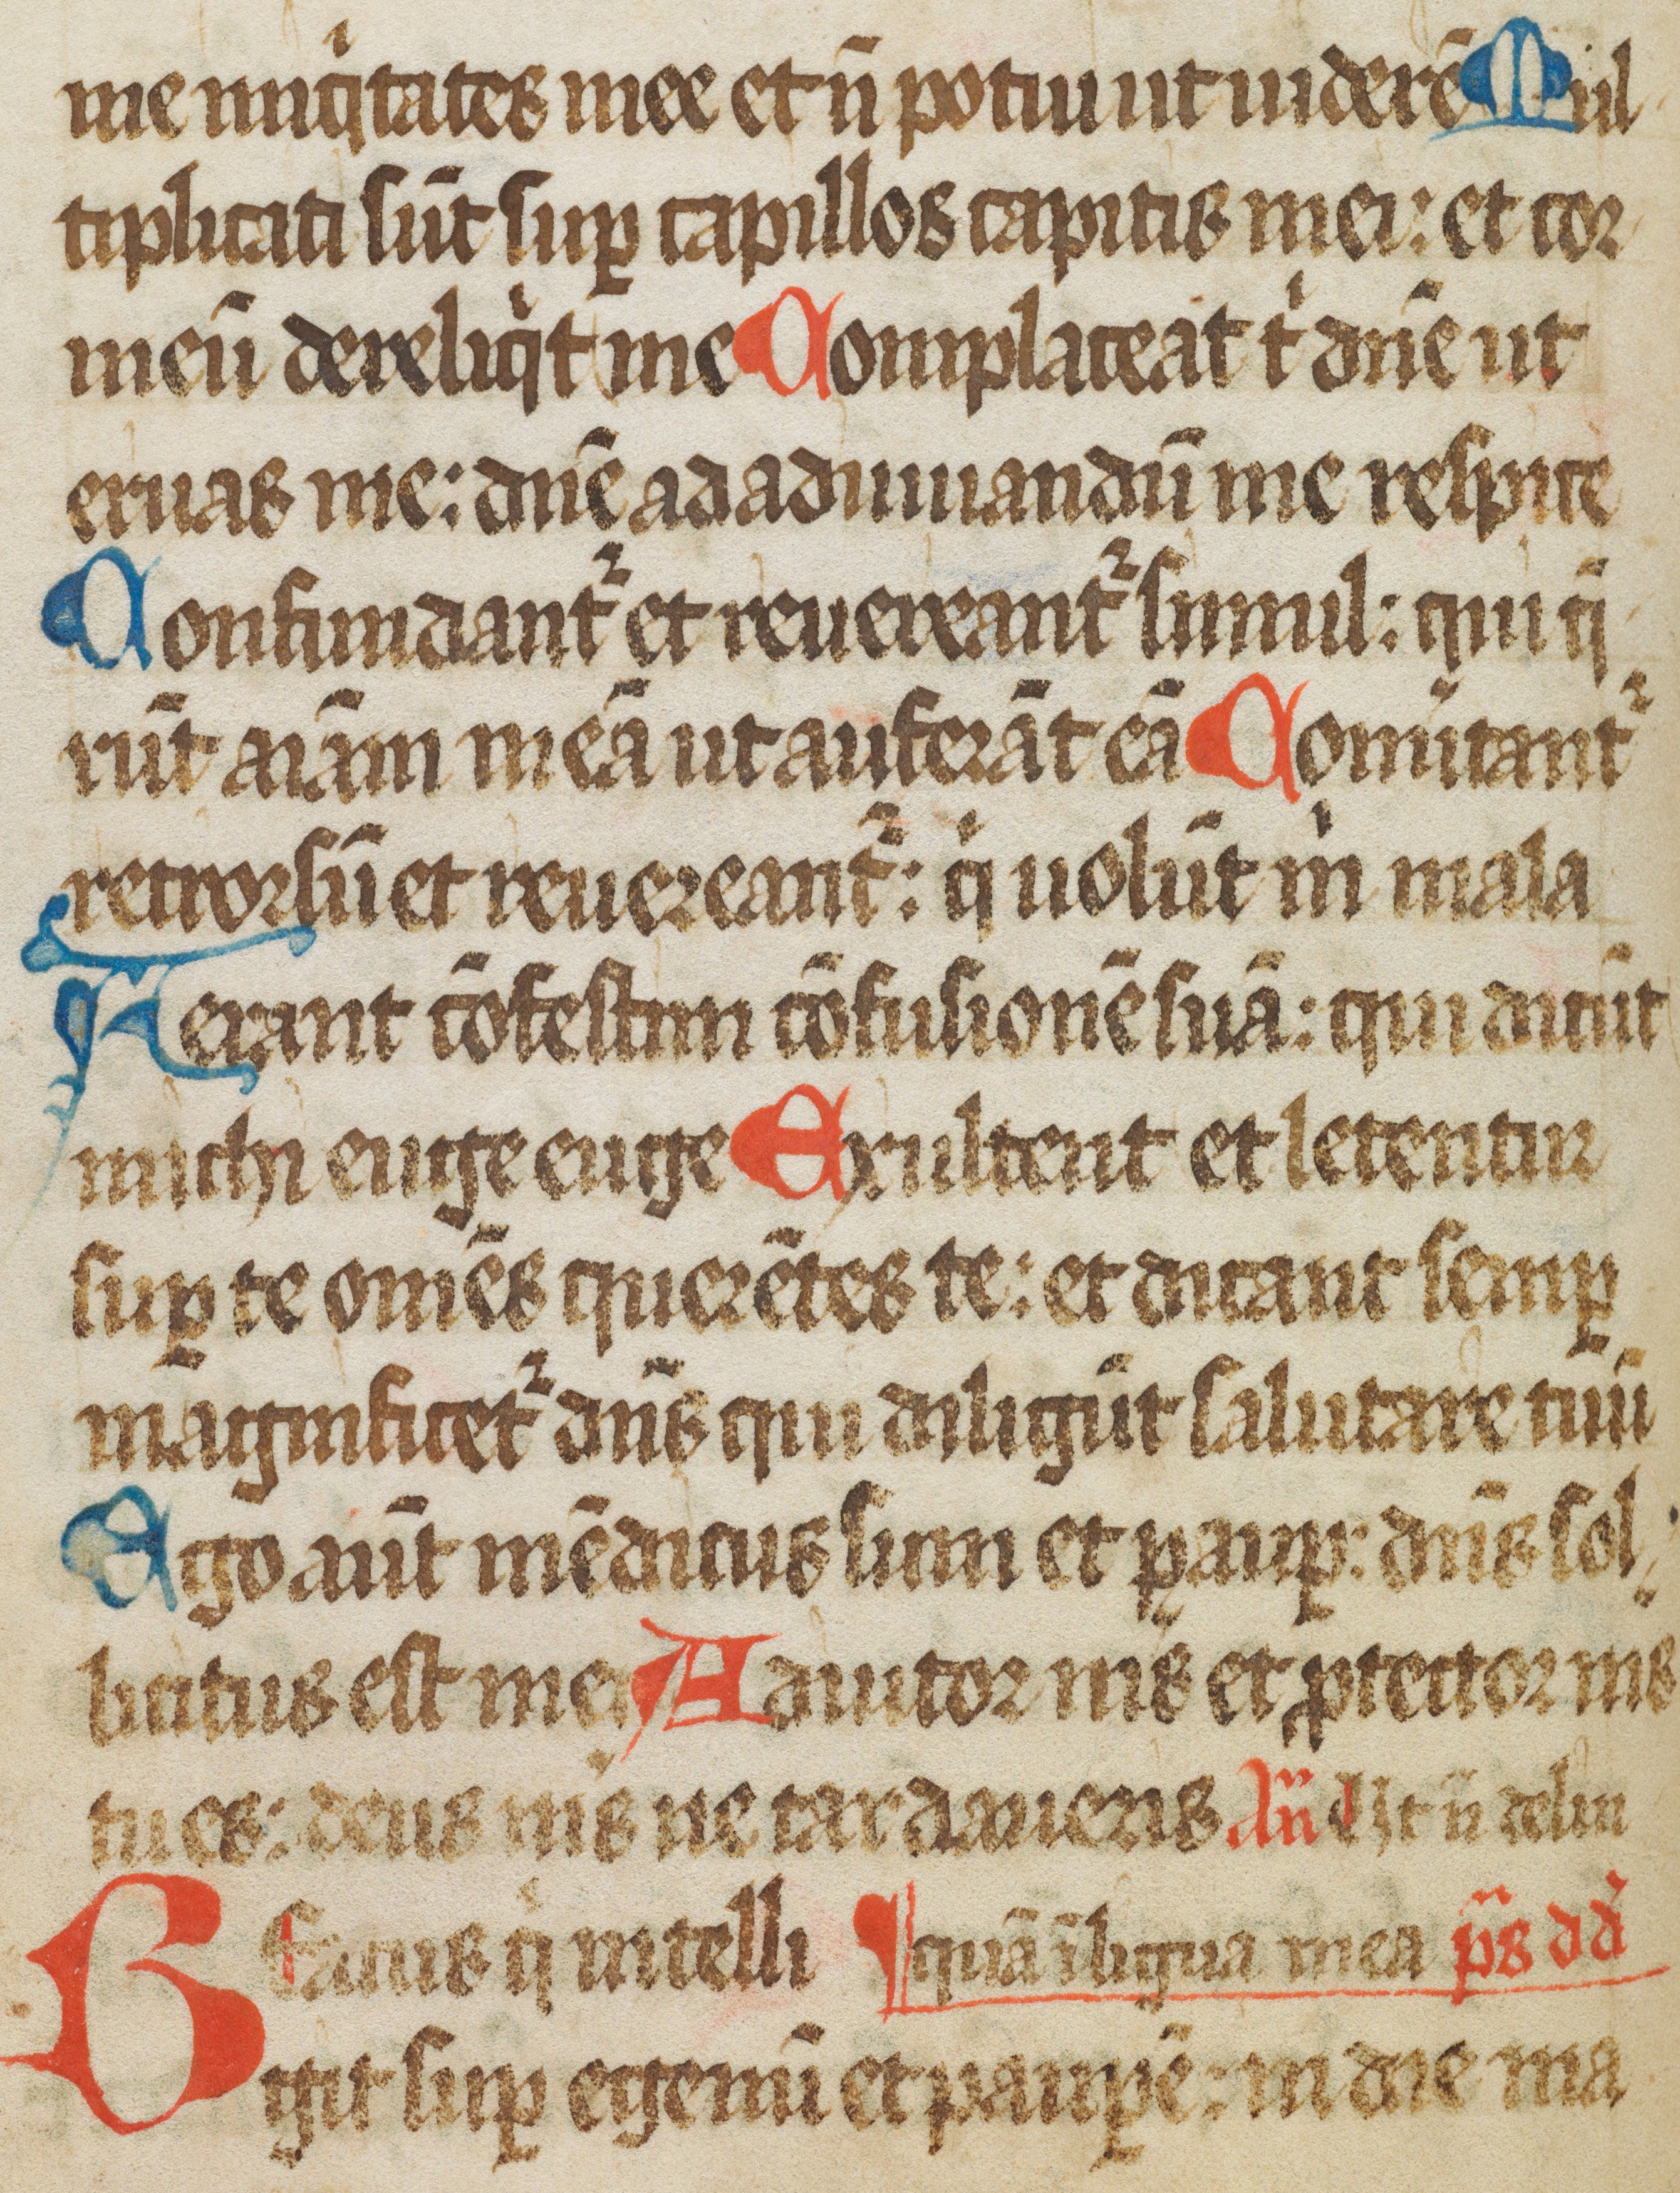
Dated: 1450–1499